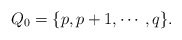
\begin{align*}Q_0=\{p, p+1, \cdots, q\}. \end{align*}